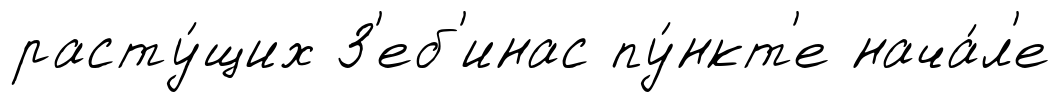
расту́щих З'еб'инас пу́нкт'е нача́л'е